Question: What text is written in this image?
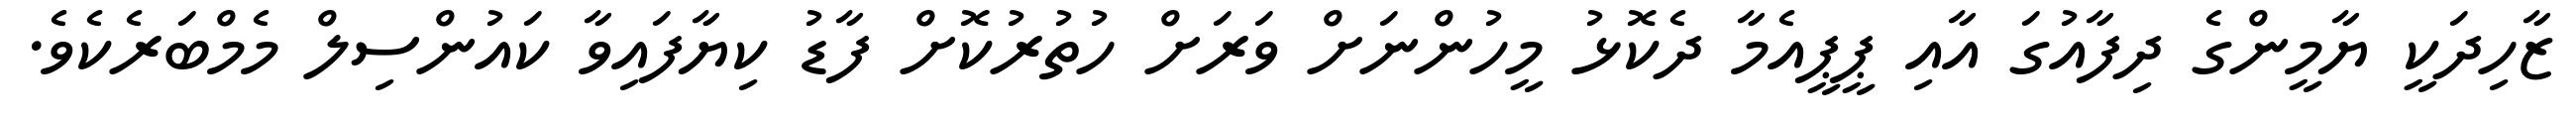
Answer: ޒާހިދަކީ ޔާމީންގެ ދިފާއުގަ އާއި ޕީޕީއެމާ ދެކޮޅު މީހުންނަށް ވަރަށް ހުތުރުކޮށް ފާޑު ކިޔާފައިވާ ކައުންސިލް މެމްބަރެކެވެ.